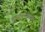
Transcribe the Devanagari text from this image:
लावण्यगुणांमुळे